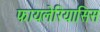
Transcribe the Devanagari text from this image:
फायलेरियासिस